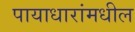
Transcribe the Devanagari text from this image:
पायाधारांमधील